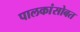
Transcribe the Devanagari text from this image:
पालकांसोबत